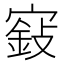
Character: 𡪵